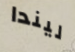
ليندا